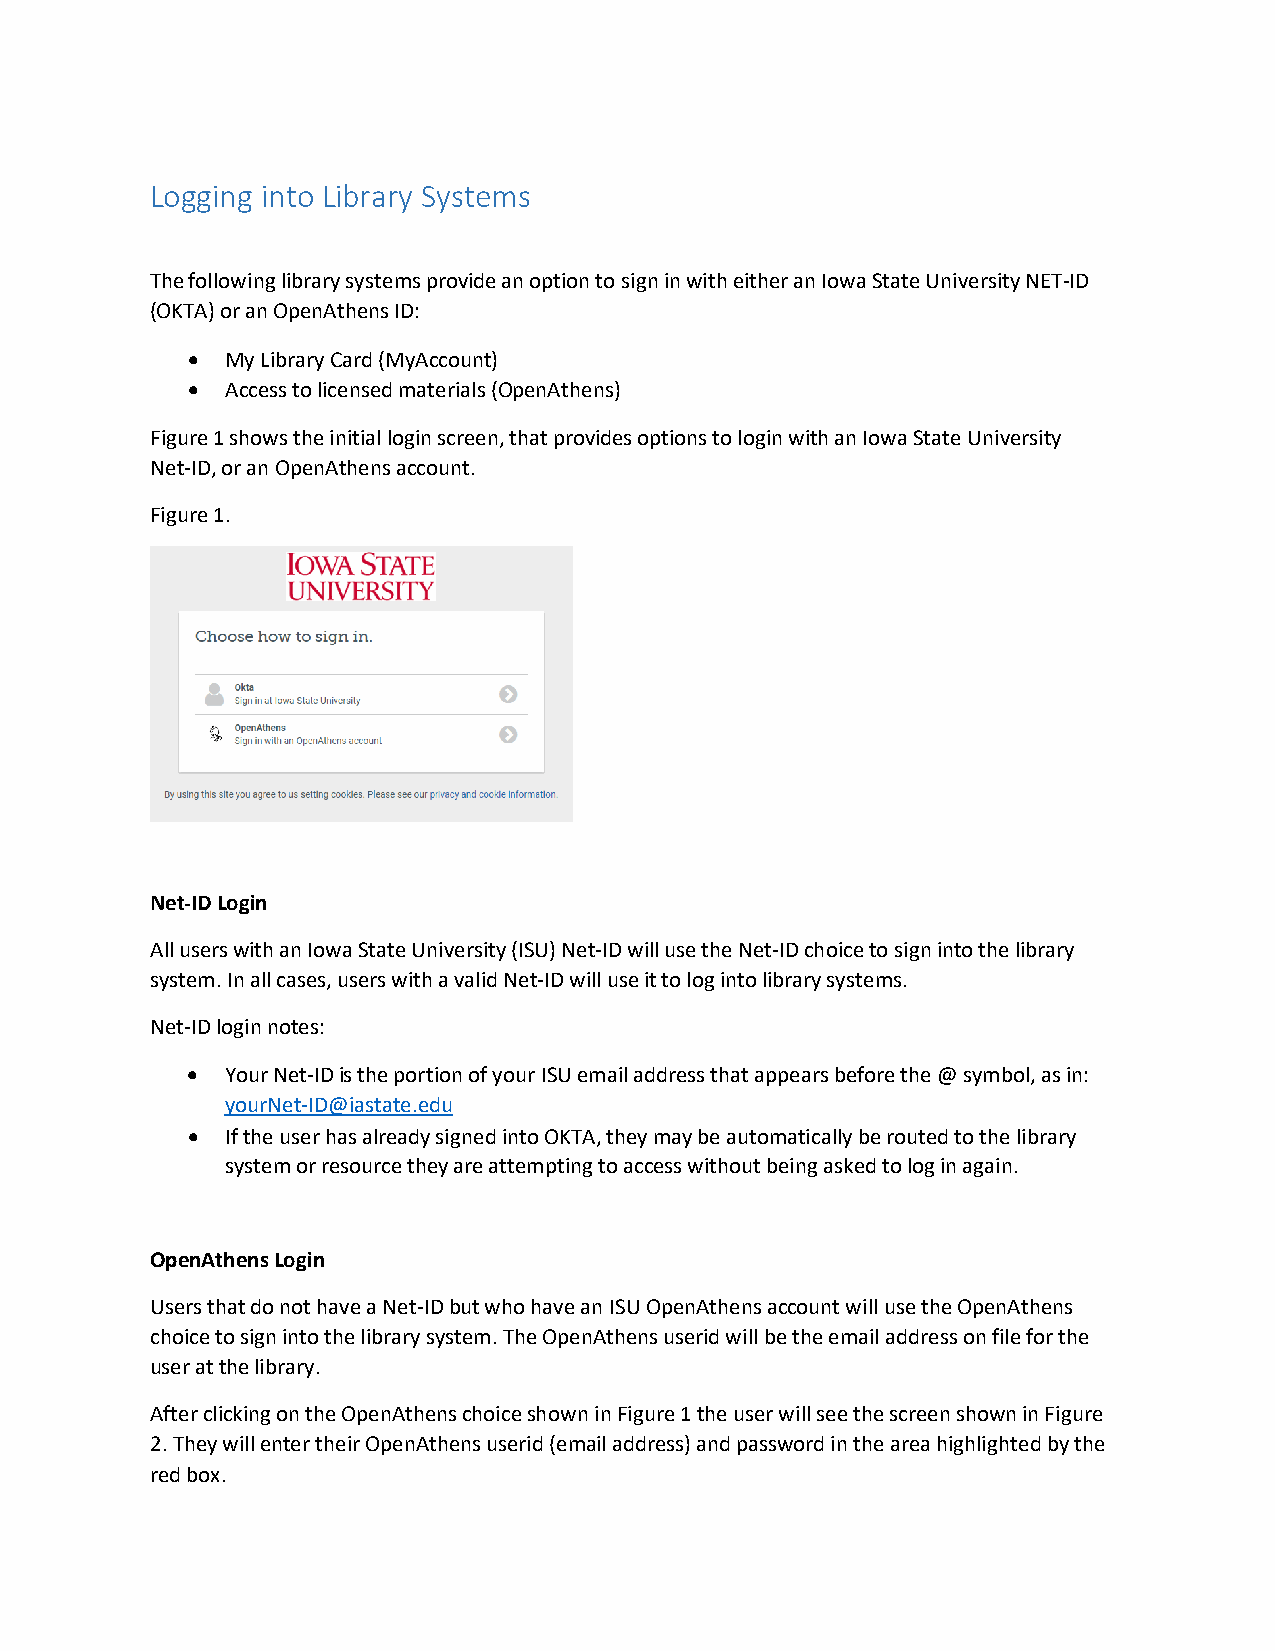
Logging into Library Systems
 The following library systems provide an option to sign in with either an Iowa State University NET-ID
 (OKTA) or an OpenAthens ID:
 •  My Library Card (MyAccount)
 •  Access to licensed materials (OpenAthens)
 Figure 1 shows the initial login screen, that provides options to login with an Iowa State University
 Net-ID, or an OpenAthens account.
 Figure 1.
 Net-ID Login
 All users with an Iowa State University (ISU) Net-ID will use the Net-ID choice to sign into the library
 system. In all cases, users with a valid Net-ID will use it to log into library systems.
 Net-ID login notes:
 •  Your Net-ID is the portion of your ISU email address that appears before the @ symbol, as in:
 yourNet-ID@iastate.edu
 •  If the user has already signed into OKTA, they may be automatically be routed to the library
 system or resource they are attempting to access without being asked to log in again.
 OpenAthens Login
 Users that do not have a Net-ID but who have an ISU OpenAthens account will use the OpenAthens
 choice to sign into the library system. The OpenAthens userid will be the email address on file for the
 user at the library.
 After clicking on the OpenAthens choice shown in Figure 1 the user will see the screen shown in Figure
 2. They will enter their OpenAthens userid (email address) and password in the area highlighted by the
 red box.